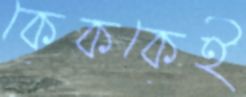
কেককেই